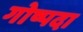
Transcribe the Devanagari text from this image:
गोष्पदा